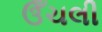
ઉઁચલી